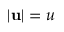
| \mathbf { u } | = u